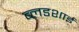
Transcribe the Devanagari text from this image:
ब्लडशाई